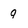
Character: q